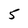
Character: 5